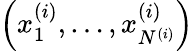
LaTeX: \left(x_{1}^{(i)},\dots,x_{N^{(i)}}^{(i)}\right)